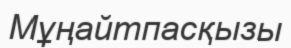
Мұңайтпасқызы